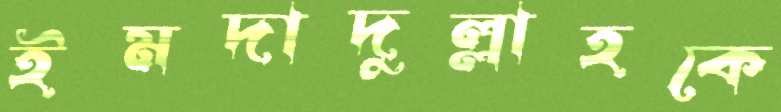
ইমদাদুল্লাহকে